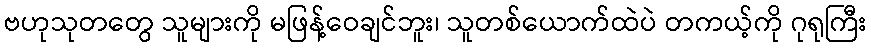
ဗဟုသုတတွေ သူများကို မဖြန့်ဝေချင်ဘူး၊ သူတစ်ယောက်ထဲပဲ တကယ့်ကို ဂုရုကြီး